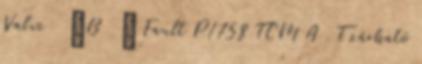
Valve ”B ” Fault P1758 TCM A T zárható